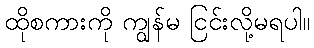
ထိုစကားကို ကျွန်မ ငြင်းလို့မရပါ။